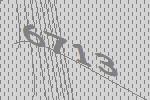
6713